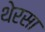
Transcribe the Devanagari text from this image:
थेरसा